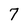
Character: 7